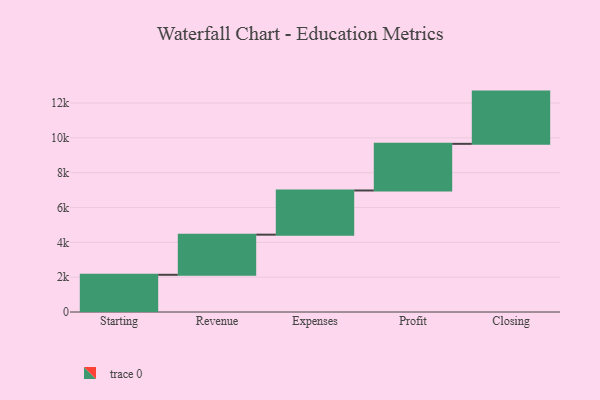
{"axis": {"x": "Step", "y": "Value"}, "legend": [""], "data": [{"x": "Starting", "y": 2136.0, "type": ""}, {"x": "Revenue", "y": 2305.0, "type": ""}, {"x": "Expenses", "y": 2537.0, "type": ""}, {"x": "Profit", "y": 2678.0, "type": ""}, {"x": "Closing", "y": 3000, "type": ""}]}